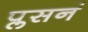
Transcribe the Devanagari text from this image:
प्लसनं